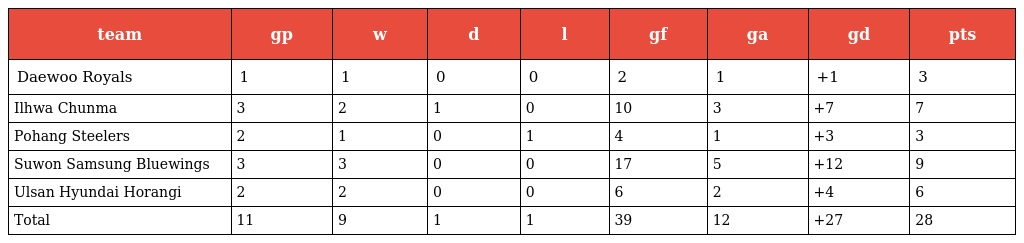
| team | gp | w | d | l | gf | ga | gd | pts |
 | --- | --- | --- | --- | --- | --- | --- | --- | --- |
 | Daewoo Royals | 1 | 1 | 0 | 0 | 2 | 1 | +1 | 3 |
 | Ilhwa Chunma | 3 | 2 | 1 | 0 | 10 | 3 | +7 | 7 |
 | Pohang Steelers | 2 | 1 | 0 | 1 | 4 | 1 | +3 | 3 |
 | Suwon Samsung Bluewings | 3 | 3 | 0 | 0 | 17 | 5 | +12 | 9 |
 | Ulsan Hyundai Horangi | 2 | 2 | 0 | 0 | 6 | 2 | +4 | 6 |
 | Total | 11 | 9 | 1 | 1 | 39 | 12 | +27 | 28 |